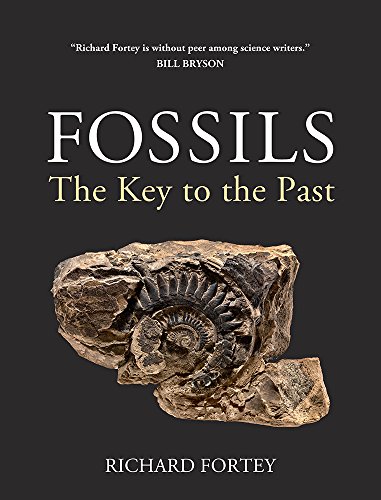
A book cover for Fossils: The Key to the Past; Richard Fortey; Science & Math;